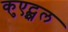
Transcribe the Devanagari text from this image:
कुएट्झल